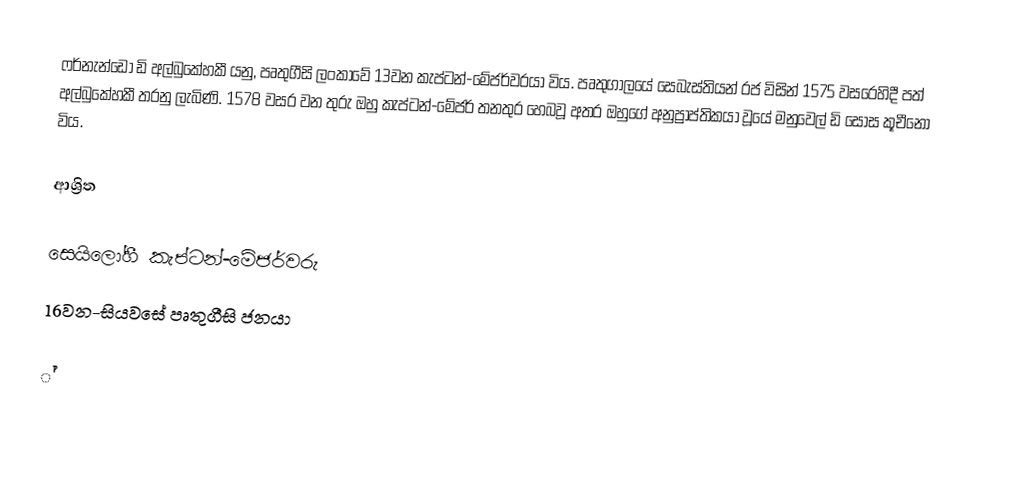
ෆර්නැන්ඩො ඩි අල්බුකේහකී යනු, පෘතුගීසි ලංකාවේ 13වන  කැප්ටන්-මේජර්වරයා විය.   පෘතුගාලයේ සෙබැස්තියන් රජ විසින් 1575 වසරෙහිදී පත් අල්බුකේහකී තරනු ලැබිණි. 1578 වසර වන තුරු ඔහු කැප්ටන්-මේජර් තනතුර හෙබවූ අතර ඔහුගේ අනුප්‍රාප්තිකයා වූයේ මනුවෙල් ඩි සෝස කූචීනො විය.

ආශ්‍රිත

 සෙයිලෝහී කැප්ටන්-මේජර්වරු
16වන-සියවසේ පෘතුගීසි ජනයා

්‍